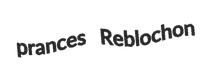
prances Reblochon